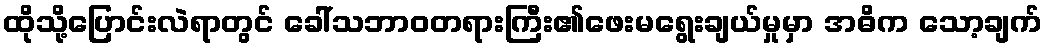
ထိုသို့ပြောင်းလဲရာတွင် ခေါ်သဘာဝတရားကြီး၏ဖေးမရွေးချယ်မှုမှာ အဓိက သော့ချက်